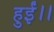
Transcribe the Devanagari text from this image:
हुईं।।